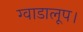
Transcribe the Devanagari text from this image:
ग्वाडालूप।